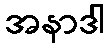
အနာဒါ